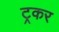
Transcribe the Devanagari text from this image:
ट्रकर